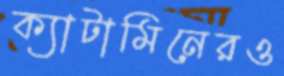
ক্যাটামিনেরও